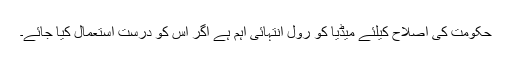
حکومت کی اصلاح کیلئے میڈیا کو رول انتہائی اہم ہے اگر اس کو درست استعمال کیا جائے۔